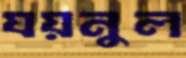
যয়নুল